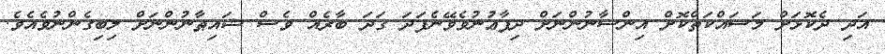
އަދި ދެކޮޅަށް މަސައްކަތްކޮށް އިންސާނުންނަށް ދިފާޢުނުވެވޭނެފަދަ ގަދަ ބާރެއް ވެސް ޝައިޠާނުންނަށް ލިބިގެންނުވެއެވެ.